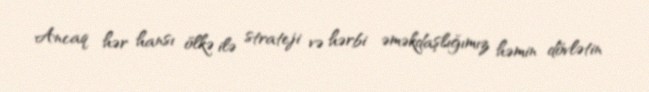
Ancaq hər hansı ölkə ilə strateji və hərbi əməkdaşlığımız həmin dövlətin